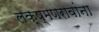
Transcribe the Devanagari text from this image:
लक्ष्मणरावांना